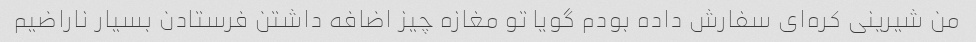
من شیرینی کره‌ای سفارش داده بودم گویا تو مغازه چیز اضافه داشتن فرستادن بسیار ناراضیم